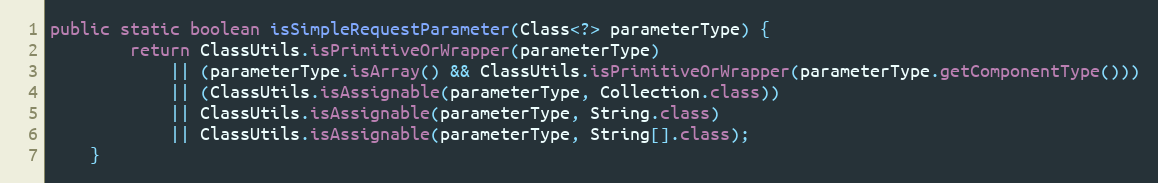
Language: Java
public static boolean isSimpleRequestParameter(Class<?> parameterType) {
		return ClassUtils.isPrimitiveOrWrapper(parameterType)
			|| (parameterType.isArray() && ClassUtils.isPrimitiveOrWrapper(parameterType.getComponentType()))
			|| (ClassUtils.isAssignable(parameterType, Collection.class))
			|| ClassUtils.isAssignable(parameterType, String.class)
			|| ClassUtils.isAssignable(parameterType, String[].class);
	}